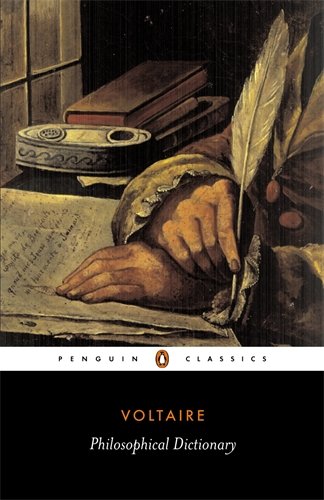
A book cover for Philosophical Dictionary (Penguin Classics); Francois Voltaire; Politics & Social Sciences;